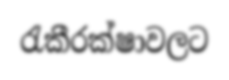
රැකීරක්ෂාවලට